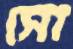
সো